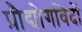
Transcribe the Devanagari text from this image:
प्रौद्योगविदों